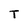
Character: T